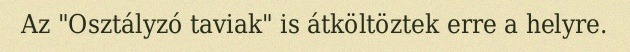
Az "Osztályzó taviak" is átköltöztek erre a helyre.